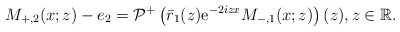
\begin{align*}M_{+,2}(x ;z)-e_{2}=\mathcal{P}^+\left(\bar{r}_1(z) \mathrm{e}^{-2iz x} M_{-,1}(x; z)\right)(z), z \in\mathbb{R}.\end{align*}